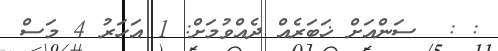
: :  ސަންއަށް ޚަބަރެއް ދެއްވުމަށް: 1 އަހަރު 4 މަސް